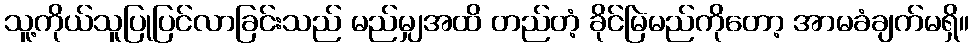
သူ့ကိုယ်သူပြုပြင်လာခြင်းသည် မည်မျှအထိ တည်တံ့ ခိုင်မြဲမည်ကိုတော့ အာမခံချက်မရှိ။